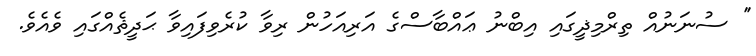
'' ސުނަނުއް ތިރްމިޛީގައި އިބްނު ޢައްބާސްގެ އަރިއަހުން ރިވާ ކުރެވިފައިވާ ޙަދީޘެއްގައި ވެއެވެ.